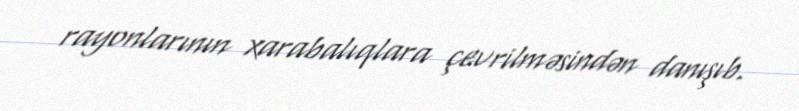
rayonlarının xarabalıqlara çevrilməsindən danışıb.